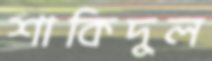
শাকিদুল